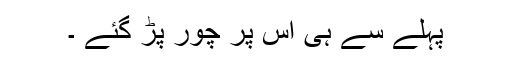
پہلے سے ہی اس پر چور پڑ گئے ۔